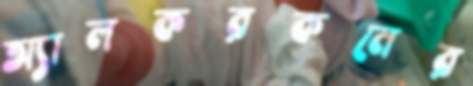
অ্যালকরকনের